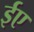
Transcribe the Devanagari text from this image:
ईए